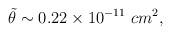
LaTeX: \begin{align*}{\tilde \theta} \sim 0.22\times 10^{-11} \,\, cm^2, \end{align*}